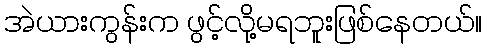
အဲယားကွန်းက ဖွင့်လို့မရဘူးဖြစ်နေတယ်။